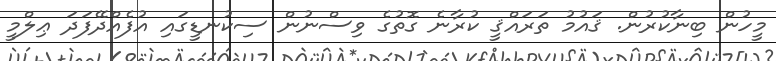
މީހުން ބިނާކުރުން. ޤައުމު ތަރައްޤީ ކުރާނެ ގޮތުގެ ވިސްނުން ސިކުނޑީގައި އުފެއްދޭފަދަ ޢިލްމީ